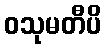
ဝသုမတီပိ